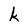
Character: k